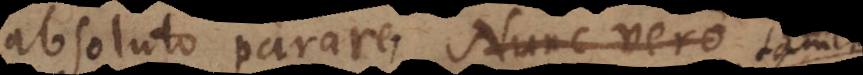
absoluto parare, cui tamen